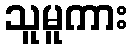
သူမူကား